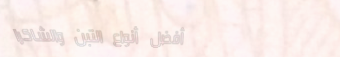
أفضل أنواع التبن والشاكرا